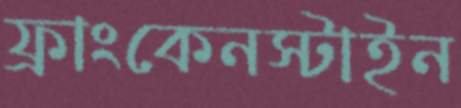
ফ্রাংকেনস্টাইন